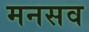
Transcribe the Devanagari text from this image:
मनसव